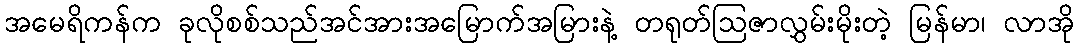
အမေရိကန်က ခုလိုစစ်သည်အင်အားအမြောက်အမြားနဲ့ တရုတ်ဩဇာလွှမ်းမိုးတဲ့ မြန်မာ၊ လာအို